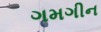
ગમગીન